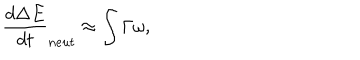
LaTeX: \frac { d \Delta E } { d t } _ { n e u t } \approx \int \Gamma \omega ,